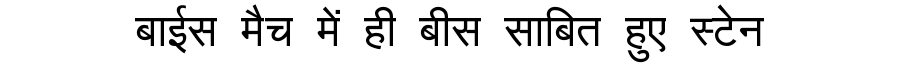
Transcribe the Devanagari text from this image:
बाईस मैच में ही बीस साबित हुए स्टेन